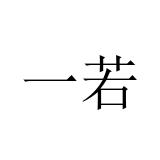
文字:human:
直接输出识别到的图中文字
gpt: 一若